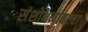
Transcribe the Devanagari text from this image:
संशोधनावरचा